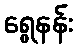
ရွေနန်း